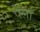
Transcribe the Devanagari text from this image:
पैला